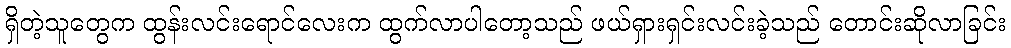
ရှိတဲ့သူတွေက ထွန်းလင်းရောင်လေးက ထွက်လာပါတော့သည် ဖယ်ရှားရှင်းလင်းခဲ့သည် တောင်းဆိုလာခြင်း